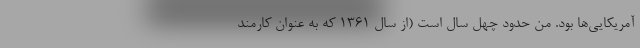
آمریکایی‌ها بود. من حدود چهل سال است (از سال 1361 که به عنوان کارمند